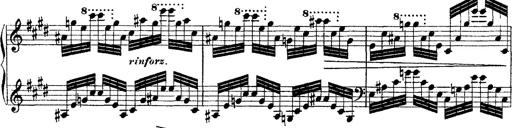
Title: Ã‰tudes d'exÃ©cution transcendante d'aprÃ¨s Paganini
Composer: Franz Liszt